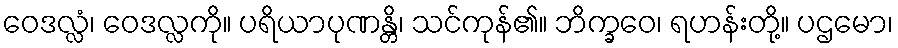
ဝေဒလ္လံ၊ ဝေဒလ္လကို။ ပရိယာပုဏန္တိ၊ သင်ကုန်၏။ ဘိက္ခဝေ၊ ရဟန်းတို့။ ပဌမော၊